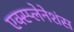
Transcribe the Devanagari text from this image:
एक्स्प्लेनेशंस